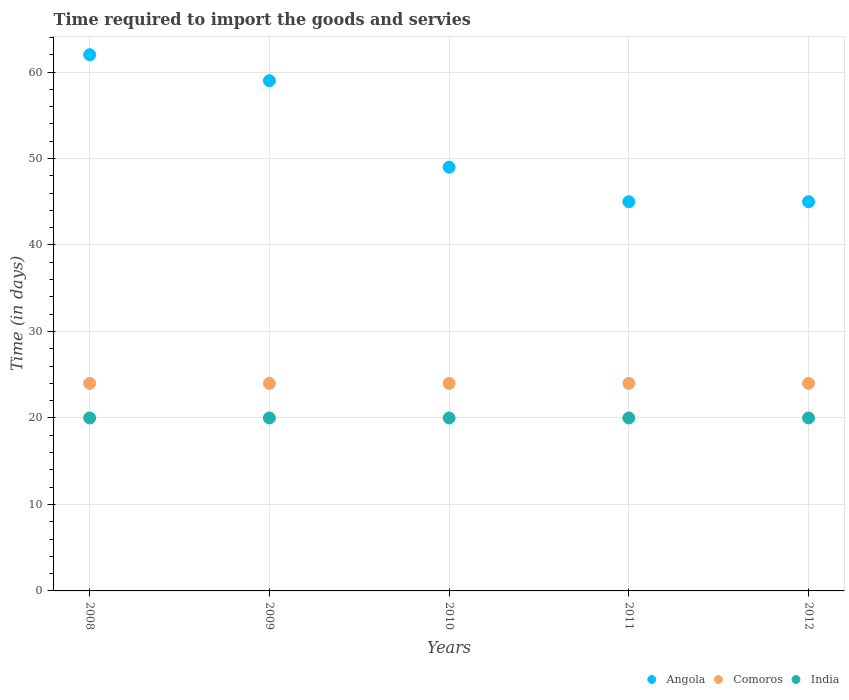
| Years | Angola | Comoros | India |
 | --- | --- | --- | --- |
 | 2008 | 62 | 24 | 20 |
 | 2009 | 59 | 24 | 20 |
 | 2010 | 49 | 24 | 20 |
 | 2011 | 45 | 24 | 20 |
 | 2012 | 45 | 24 | 20 |